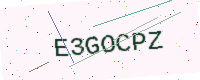
Text: E3GOCPZ